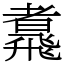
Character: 䬡